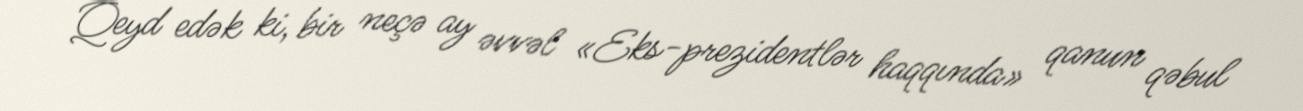
Qeyd edək ki, bir neçə ay əvvəl «Eks-prezidentlər haqqında» qanun qəbul